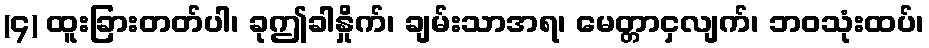
(၄) ထူးခြားတတ်ပါ၊ ခုဤခါနှိုက်၊ ချမ်းသာအရ၊ မေတ္တာငှလျက်၊ ဘဝသုံးထပ်၊